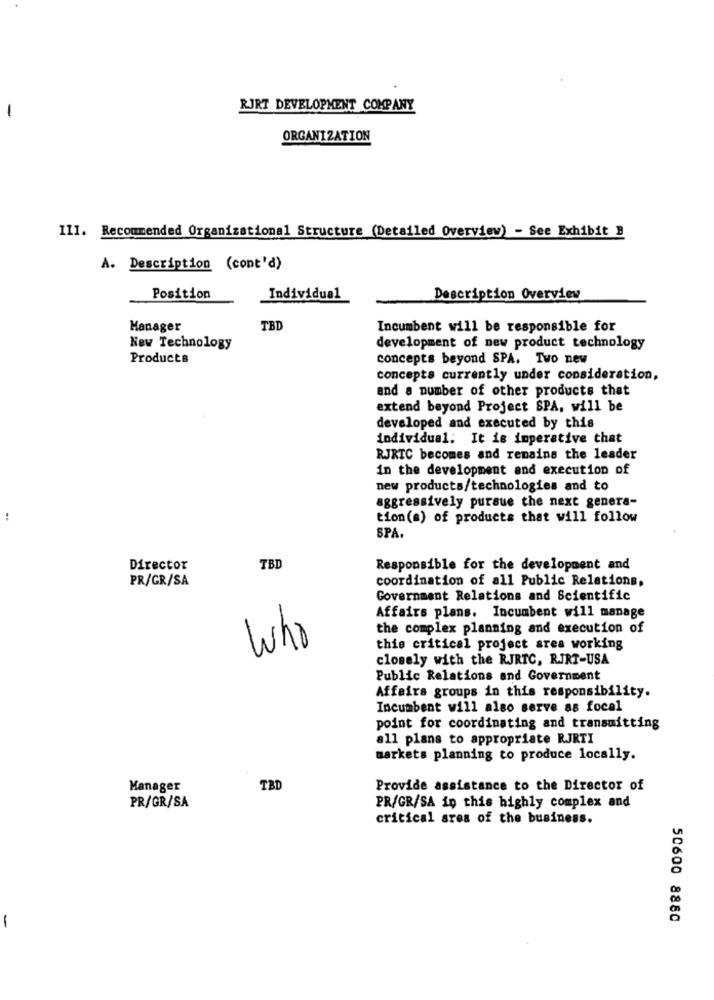
RJRT DEVELOPMENT COMPANY
-
ORGANIZATION
III. Recommended Organizational Structure (Detailed Overview) - See Exhibit B
A. Description (cont'd)
Position
Individual
Description Overview
Manager
TBD
Incumbent will be responsible for
New Technology
development of new product technology
Products
concepts beyond SPA. Two new
concepts currently under consideration,
and a number of other products that
extend beyond Project SPA, will be
developed and executed by this
individual. It is imperative that
RJRTC becomes and remains the leader
in the development and execution of
new products/technologies and to
aggressively pursue the next genera-
:
tion(s) of products that will follow
SPA
Director
TB
Responsible for the development and
PR/GR/SA
coordination of all Public Relations,
Government Relations and Scientific
Affairs plans. Incumbent will manage
the complex planning and execution of
Who
this critical project srea working
closely with the RJRTC, RIRT-USA
Public Relations and Government
Affairs groups in this responsibility.
Incumbent will also serve as focal
point for coordinating and transmitting
all plans to appropriate RJRTI
markets planning to produce locally.
Manager
TBI
Provide assistance to the Director of
PR/GR/SA
PR/GR/SA in this highly complex and
critical ares of the business.
50600 8880
-